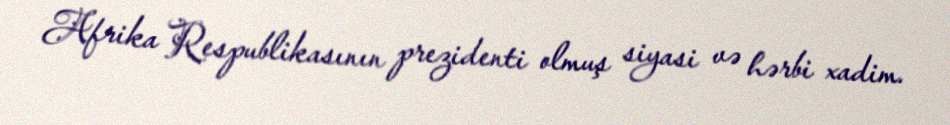
Afrika Respublikasının prezidenti olmuş siyasi və hərbi xadim.